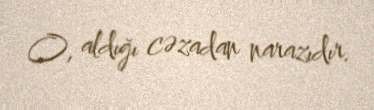
O, aldığı cəzadan narazıdır.